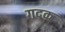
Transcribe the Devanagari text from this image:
गदक